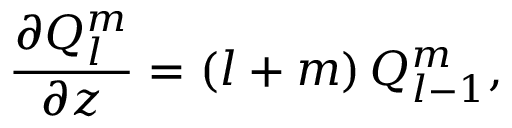
\frac { \partial Q _ { l } ^ { m } } { \partial z } = ( l + m ) \, Q _ { l - 1 } ^ { m } ,